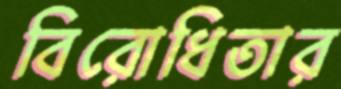
বিরোধিতার